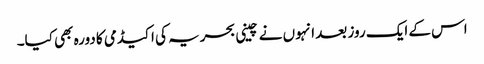
اس کے ایک روز بعد انہوں نے چینی بحریہ کی اکیڈمی کا دورہ بھی کیا۔